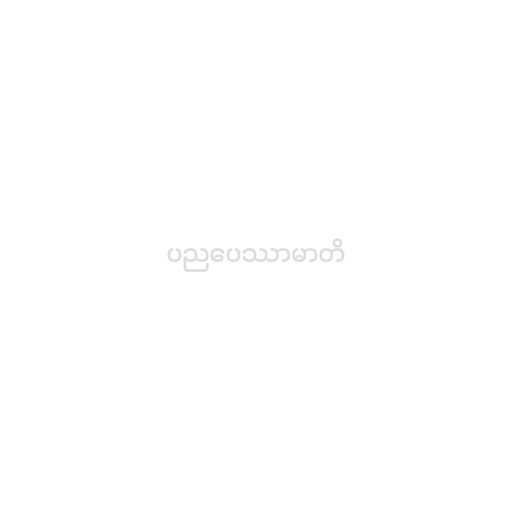
ပညပေဿာမာတိ